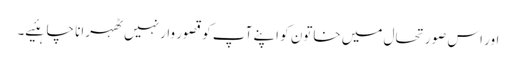
اور اس صورتحال میں خاتون کو اپنے آپ کو قصور وار نہیں ٹھہرانا چاہئیے۔